Vaccination in Bombay 1874-1876 - 1874-1876
Year: 1874
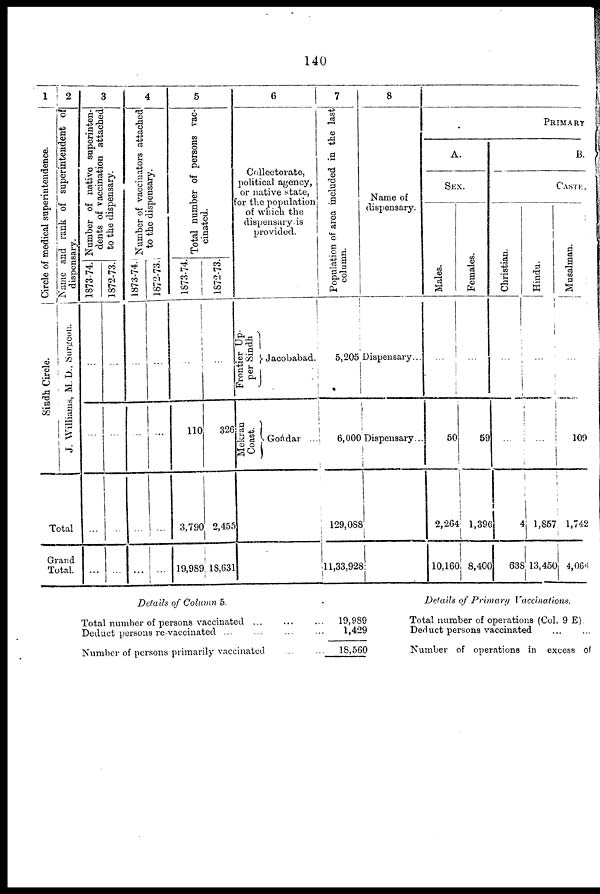
140
1
Circle of medical superintendence.
Siadh Circle.
2
Name and rank of superintendent of
dispensary.
J. Williams, M.D., Surgeon.
Total
Grand
Total.
3
Number of native superinten-
dents of vaccination attached
to the dispensary.
1873-74.
...
...
...
...
1872-73.
...
...
...
...
4
Number of vaccinators attached
to the dispensary.
1873-74.
...
...
...
...
1872-73.
...
...
...
...
5
Total number of persons vac-
cinated.
1873-74.
...
110
3,790
19,989
1872-73.
...
326
2,455
18,631
6
Collectorate,
political agency,
or native state,
for the population
of which the
dispensary is
provided.
Frontier Up-
per Sindh
Mekran
Coast.
Jacobabad.
Goádar ...
7
Population of area included in the last
column.
5,205
6,000
129,088
11,33,928
8
Name of
dispensary.
Dispensary...
Dispensary...
PRIMARY
A.
SEX.
Males.
...
50
2,264
10,160
Females.
...
59
1,396
8,400
B.
CASTE.
Christian.
...
...
4
638
Hindu.
...
...
1,857
13,450
Musalman.
...
109
1,742
4,066
Details of Column 5.
Total number of persons vaccinated ... ... ...
Deduct persons re-vaccinated ... ... ... ...
Number of persons primarily vaccinated
...
...
19,989
1,429
18,560
Details of Primary Vaccinations.
Total number of operations (Col. 9 E)
Deduct persons vaccinated ... ...
Number of operations in excess of